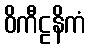
ဝိကီဠနိကံ